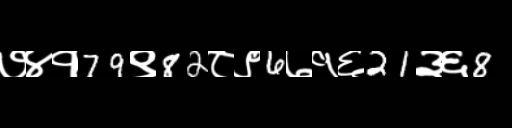
Text: ७४१79९82८९6७१६21३६8